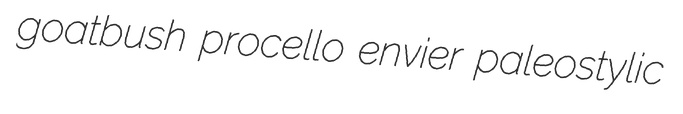
goatbush procello envier paleostylic